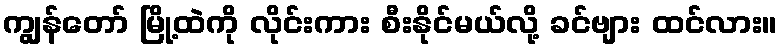
ကျွန်တော် မြို့ထဲကို လိုင်းကား စီးနိုင်မယ်လို့ ခင်ဗျား ထင်လား။